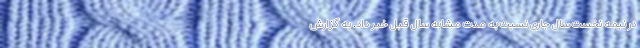
در نیمه نخست سال جاری نسبت به مدت مشابه سال قبل خبر داد. به گزارش